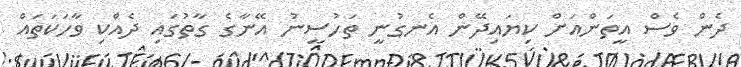
ދެން ވެސް އީތަންއަށް ކިޔައިދޭން އެނގުނީ ތަހުސީނު އޭނާގެ ގާތުގައި ދެއްކި ވާހަކަތައް